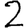
Digit: 2